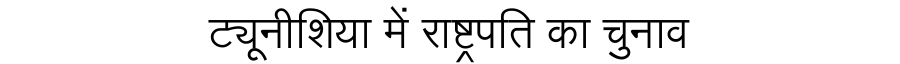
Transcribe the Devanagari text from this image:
ट्यूनीशिया में राष्ट्रपति का चुनाव